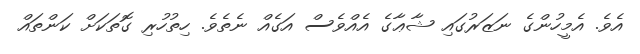
އެވެ. އެމީހުންގެ ނަޒަރުގައި ޝާޢާގެ އެއްވެސް އަގެއް ނެތެވެ. ހިތުހުރި ގޮތަކަށް ކަންތައް